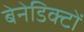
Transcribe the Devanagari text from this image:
बेनेडिक्टों